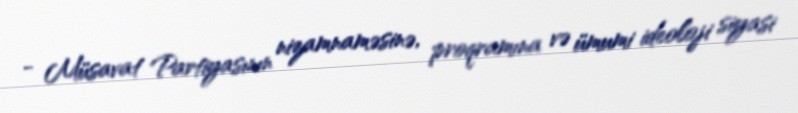
- Müsavat Partiyasının nizamnaməsinə, proqramına və ümumi ideoloji siyasi